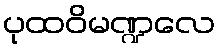
ပုထဝိမဏ္ဍလေ